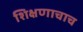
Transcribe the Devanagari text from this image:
शिक्षणाचाच